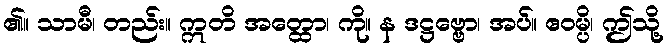
၏။ သာမီ၊ တည်း။ ဣတိ အတ္ထော၊ ကို။ န ဒဋ္ဌဗ္ဗော၊ အပ်။ ဧဝမ္ပိ၊ ဤသို့